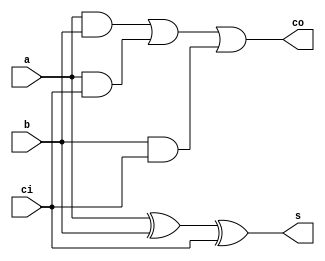
`timescale 1ns / 1ps
//////////////////////////////////////////////////////////////////////////////////
// Company: 
// Engineer: 
// 
// Design Name: 
// Module Name: FullAdder
// Project Name: 
// Target Devices: 
// Tool Versions: 
// Description: 
// 
// Dependencies: 
// 
// Revision:
// Revision 0.01 - File Created
// Additional Comments:
// 
//////////////////////////////////////////////////////////////////////////////////


module FullAdder(input a, input b, input ci, output s, output co);

    //For s
    xor s_res(s, a, b, ci);
    
    
    //For co
    wire a1, a2, a3;
    and and_inter1(a1, a, b);
    and and_inter2(a2, a, ci);
    and and_inter3(a3, b, ci);
    or co_res(co, a1, a2, a3);
    

endmodule